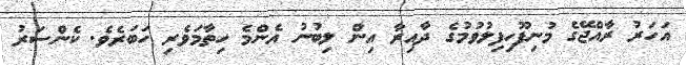
އަހަރު ރާއްޖޭގެ މުނިފޫހިފިލުވުމުގެ ދާއިރާ އިން ލިބުނު އެންމެ ހިތާމަވެރި ހަބަރެވެ. ކެންސަރު